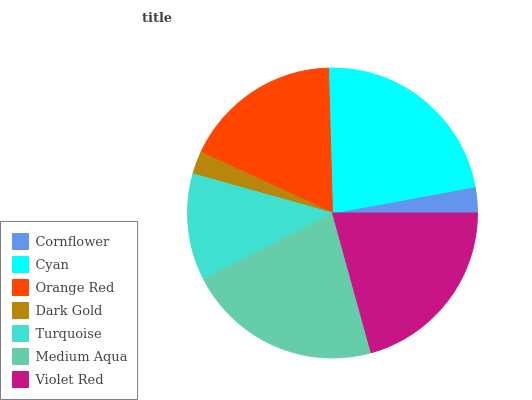
| Cornflower | Cyan | Orange Red | Dark Gold | Turquoise | Medium Aqua | Violet Red |
 | --- | --- | --- | --- | --- | --- | --- |
 | 2.88% | 22.6% | 17.7% | 2.55% | 11.9% | 21.7% | 20.7% |